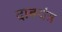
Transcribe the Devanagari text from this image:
दाबयंत्र